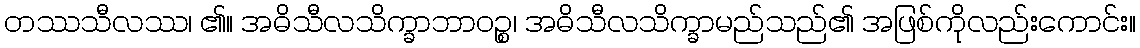
တဿသီလဿ၊ ၏။ အဓိသီလသိက္ခာဘာဝဉ္စ၊ အဓိသီလသိက္ခာမည်သည်၏ အဖြစ်ကိုလည်းကောင်း။